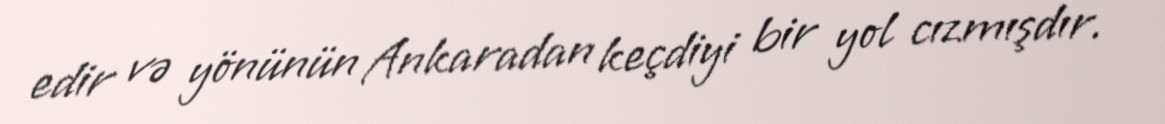
edir və yönünün Ankaradan keçdiyi bir yol cızmışdır.